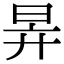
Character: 𣅹